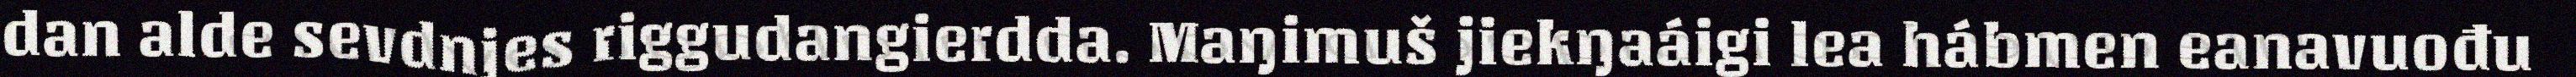
dan alde sevdnjes riggudangierdda. Maŋimuš jiekŋaáigi lea hábmen eanavuođu